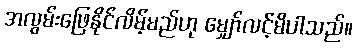
အလွမ်းဖြေနိုင်လိမ့်မည်ဟု မျှော်လင့်မိပါသည်။